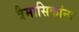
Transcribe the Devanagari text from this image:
त्रैमासिकांना